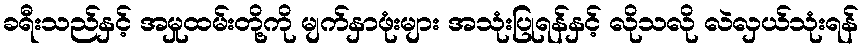
ခရီးသည်နှင့် အမှုထမ်းတို့ကို မျက်နှာဖုံးများ အသုံးပြုရန်နှင့် လိုသလို လဲလှယ်သုံးရန်